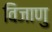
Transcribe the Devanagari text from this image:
विजाणु